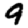
Digit: 9